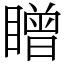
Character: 䁬